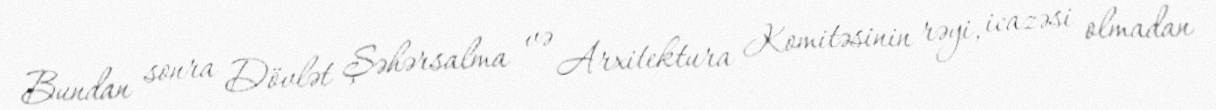
Bundan sonra Dövlət Şəhərsalma və Arxitektura Komitəsinin rəyi, icazəsi olmadan